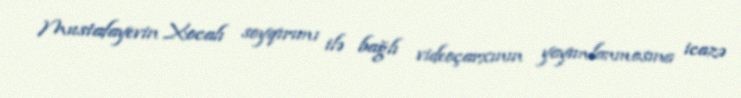
Mustafayevin Xocalı soyqırımı ilə bağlı videoçarxının yayımlanmasına icazə